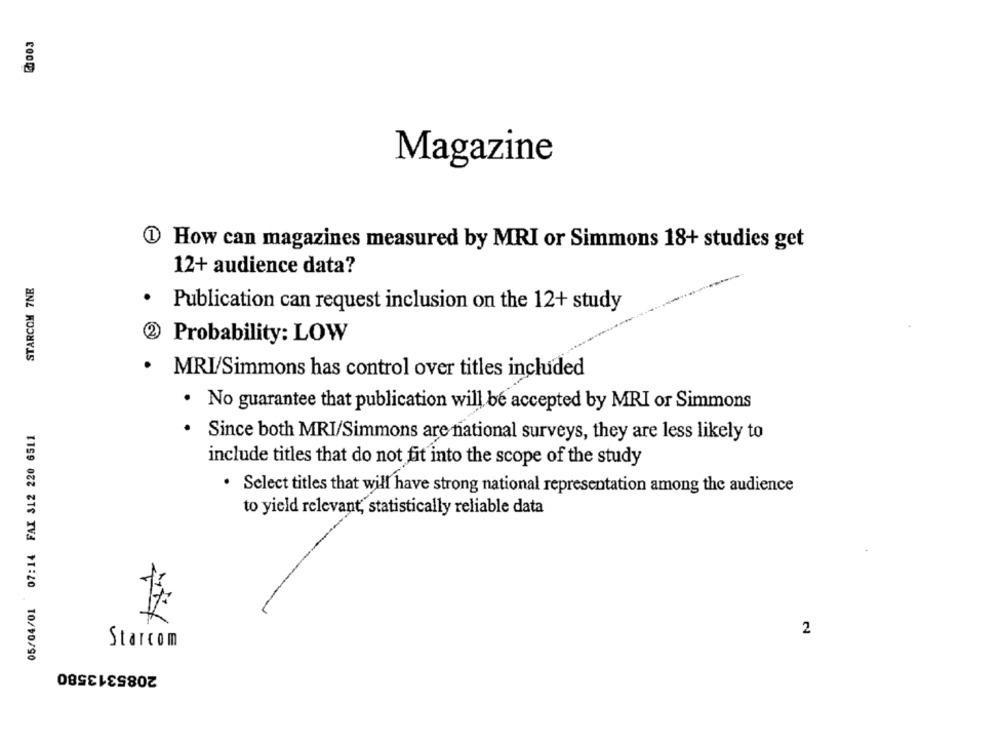
Magazine
1 How can magazines measured by MRI or Simmons 18+ studies get
12+ audience data?
STARCOM 7NE
Publication can request inclusion on the 12+ study
(2)
Probability: LOW
MRI/Simmons has control over titles included
. No guarantee that publication will be accepted by MRI or Simmons
05/04/01 07:14 FAX 312 220 6511
Since both MRI/Simmons are national surveys, they are less likely to
include titles that do not fit into the scope of the study
. Select titles that will have strong national representation among the audience
to yield relevant, statistically reliable data
2
Starcom
2085313580